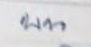
บน